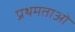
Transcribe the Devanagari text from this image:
प्रथमताओं